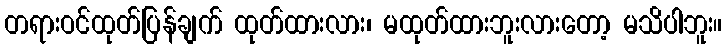
တရားဝင်ထုတ်ပြန်ချက် ထုတ်ထားလား၊ မထုတ်ထားဘူးလားတော့ မသိပါဘူး။